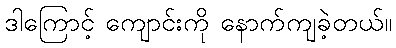
ဒါကြောင့် ကျောင်းကို နောက်ကျခဲ့တယ်။